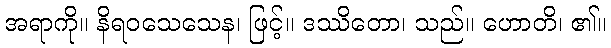
အရာကို။ နိရဝသေသေန၊ ဖြင့်။ ဒဿိတော၊ သည်။ ဟောတိ၊ ၏။